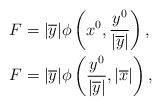
LaTeX: \begin{align*}F&=\vert \overline{y}\vert\phi\left(x^0,\frac{y^0}{\vert\overline{y}\vert}\right),\\F&=\vert \overline{y}\vert \phi\left(\frac{y^0}{\vert\overline{y}\vert},\vert \overline{x}\vert\right),\end{align*}